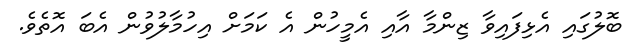
ބޮލުގައި އެޅިފައިވާ ޒިންމާ އާއި އެމީހުން އެ ކަމަށް އިހުމާލުވުން އެބަ އޮތެވެ.